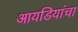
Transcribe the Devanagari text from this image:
आयडियांचा